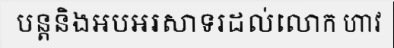
បន្តនិងអបអរសាទរដល់លោក ហាវ